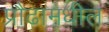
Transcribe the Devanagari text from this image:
प्रौढामधील